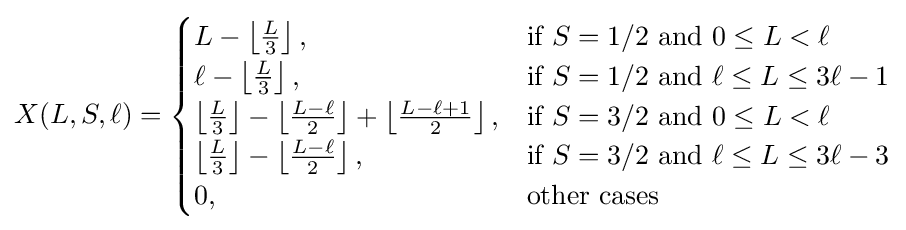
X(L,S,\ell )={\begin{cases}L-\left\lfloor {\tfrac {L}{3}}\right\rfloor ,&{\text{if }}S=1/2{\text{ and }}0\leq L<\ell \\\ell -\left\lfloor {\tfrac {L}{3}}\right\rfloor ,&{\text{if }}S=1/2{\text{ and }}\ell \leq L\leq 3\ell -1\\\left\lfloor {\tfrac {L}{3}}\right\rfloor -\left\lfloor {\tfrac {L-\ell }{2}}\right\rfloor +\left\lfloor {\tfrac {L-\ell +1}{2}}\right\rfloor ,&{\text{if }}S=3/2{\text{ and }}0\leq L<\ell \\\left\lfloor {\tfrac {L}{3}}\right\rfloor -\left\lfloor {\tfrac {L-\ell }{2}}\right\rfloor ,&{\text{if }}S=3/2{\text{ and }}\ell \leq L\leq 3\ell -3\\0,&{\text{other cases}}\end{cases}}